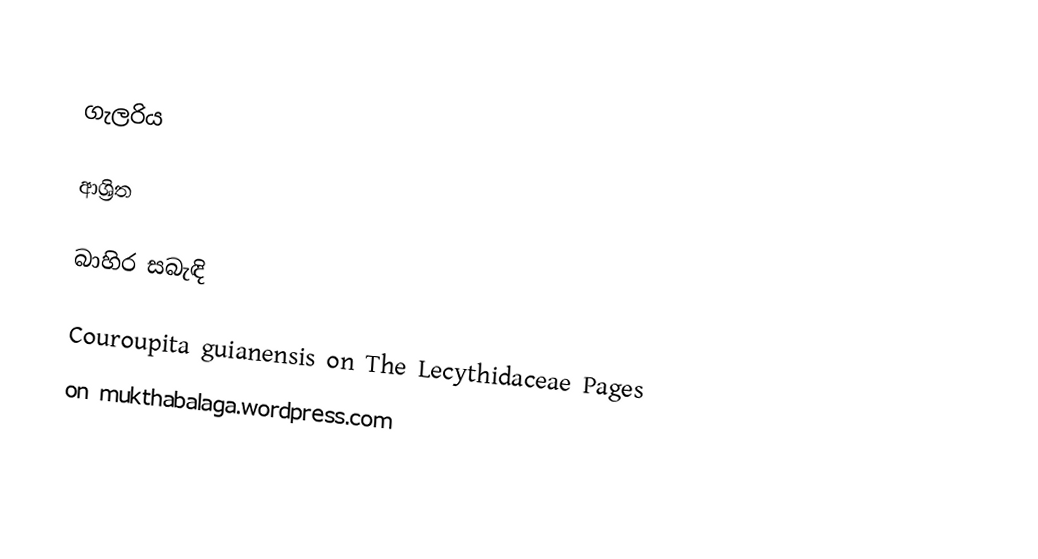

ගැලරිය

ආශ්‍රිත

බාහිර සබැඳි

 Couroupita guianensis  on The Lecythidaceae Pages
  on mukthabalaga.wordpress.com